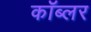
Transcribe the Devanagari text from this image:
कॉब्लर